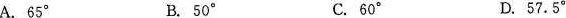
A.65° B.50° C.60° D.57.5°